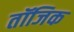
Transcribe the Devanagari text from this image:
तॉजिक